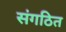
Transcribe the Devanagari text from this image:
संगठित